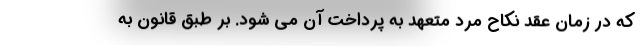
که در زمان عقد نکاح مرد متعهد به پرداخت آن می شود. بر طبق قانون به